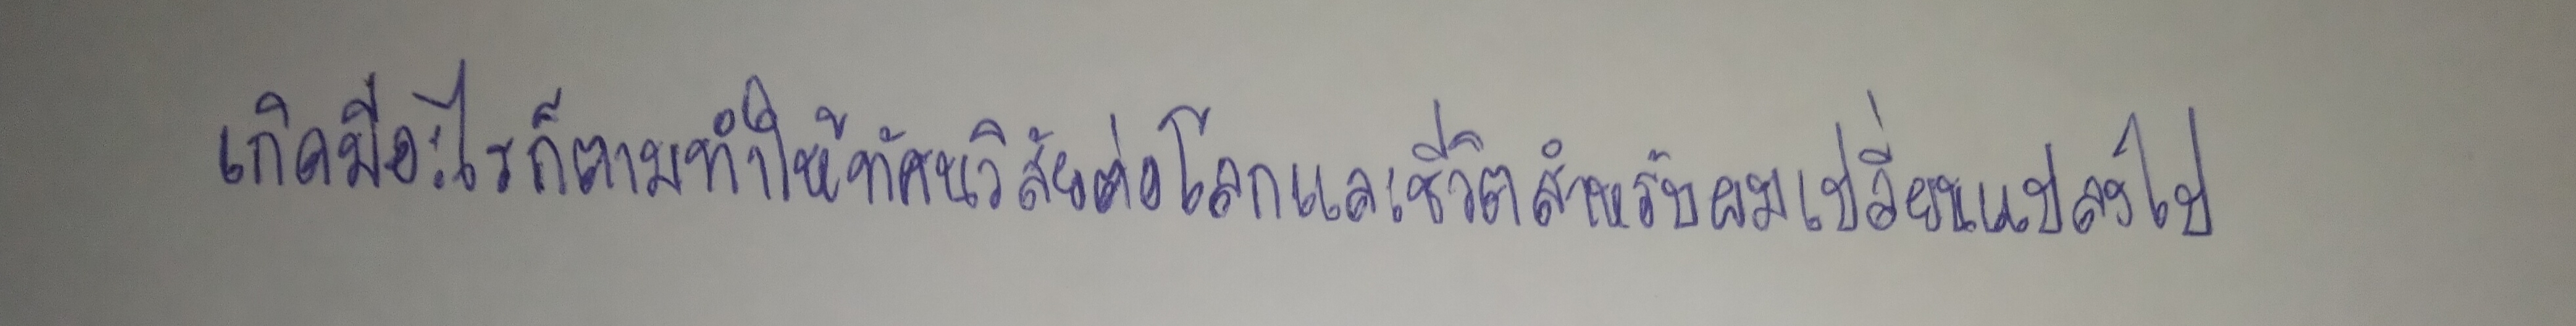
เกิดมีอะไรก็ตามทำให้ทัศนวิสัยต่อโลกและชีวิตนี้สำหรับผมเปลี่ยนแปลงไป